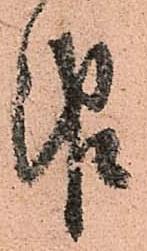
報